Lunatic asylums Central Provinces reports 1895-1909 - 1895-1909
Year: 1895
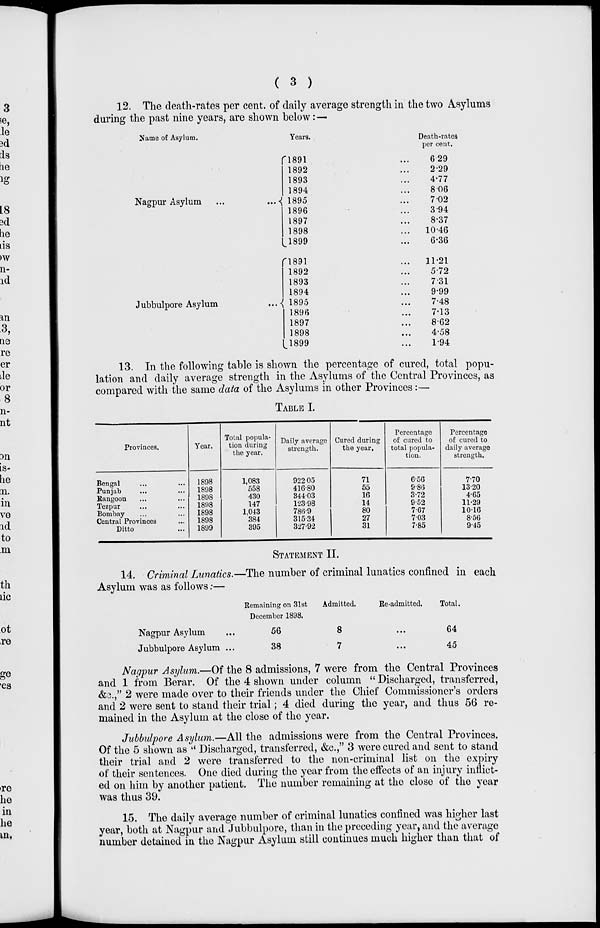
( 3 )
12. The death-rates per cent. of daily average strength in the two Asylums
during the past nine years, are shown below:—
Name of Asylum.
Nagpur Asylum
...
...
Jubbulpore Asylum
...
Years.
1891 ...
1892 ...
1893 ...
1894 ...
1895 ...
1896 ...
1897 ...
1898 ...
1899 ...
1891 ...
1892 ...
1893 ...
1894 ...
1895 ...
1896 ...
1897 ...
1898 ...
1899 ...
Death-rates,
per cent.
6.29
2.29
4.77
8.06
7.02
3 94
8.37
10.46
6.36
11.21
5.72
7.31
9.99
7.48
7.13
8.62
4.58
1.94
13. In the following table is shown the percentage of cured, total popu-
lation and daily average strength in the Asylums of the Central Provinces, as
compared with the same data of the Asylums in other Provinces:—
TABLE I.
Provinces.
Bengal ... ...
Punjab ... ...
Rangoon ... ...
Tezpur ... ...
Bombay ... ...
Central Provinces ...
Ditto ...
Year.
1898
1898
1898
1898
1898
1898
1899
Total popula-
tion during
the year.
1,083
558
430
147
1,043
384
395
Daily average
strength.
922.05
416.80
344.03
123.98
786.9
315.34
327.92
Cured during
the year.
71
55
16
14
80
27
31
Percentage
of cured to
total popula-
tion.
6.56
9.86
3.72
9.52
7.67
7.03
7.85
Percentage
of cured to
daily average
strength.
7.70
13.20
4.65
11.29
10.16
8.56
9.45
STATEMENT II.
14. Criminal Lunatics.—The number of criminal lunatics confined in each
Asylum was as follows:—
Nagpur Asylum ...
Jubbulpore Asylum ...
Remaining on 31st
December 1898.
56
38
Admitted.
8
7
Re-admitted.
...
...
Total.
64
45
Nagpur Asylum.—Of the 8 admissions, 7 were from the Central Provinces
and 1 from Berar. Of the 4 shown under column " Discharged, transferred,
&c.," 2 were made over to their friends under the Chief Commissioner's orders
and 2 were sent to stand their trial; 4 died during the year, and thus 56 re-
mained in the Asylum at the close of the year.
Jubbulpore Asylum.—All the admissions were from the Central Provinces.
Of the 5 shown as " Discharged, transferred, &c.," 3 were cured and sent to stand
their trial and 2 were transferred to the non-criminal list on the expiry
of their sentences. One died during the year from the effects of an injury inflict-
ed on him by another patient. The number remaining at the close of the year
was thus 39.
15. The daily average number of criminal lunatics confined was higher last
year, both at Nagpur and Jubbulpore, than in the preceding year, and the average
number detained in the Nagpur Asylum still continues much higher than that of